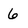
Character: 6